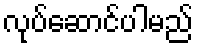
လုပ်ဆောင်ပါမည်